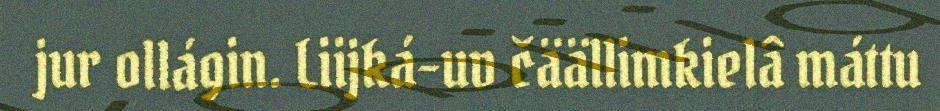
jur ollágin. Liijká-uv čäällimkielâ máttu